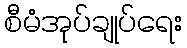
စီမံအုပ်ချုပ်ရေး